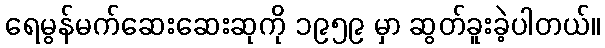
ရေမွန်မက်ဆေးဆေးဆုကို ၁၉၅၉ မှာ ဆွတ်ခူးခဲ့ပါတယ်။